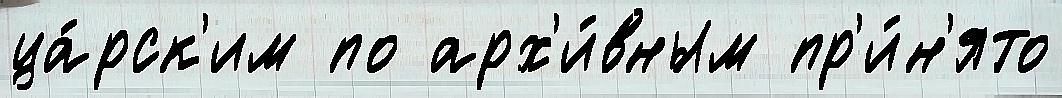
ца́рск'им по арх'и́вным пр'и́н'ято